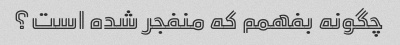
چگونه بفهمم که منفجر شده است؟